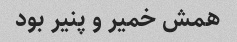
همش خمیر و پنیر بود